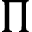
\Pi